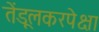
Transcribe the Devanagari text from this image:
तेंडूलकरपेक्षा